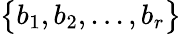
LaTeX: \big\{ b_{1},b_{2},...,b_{r}\big\}